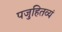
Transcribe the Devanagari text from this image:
पजुहितव्यं